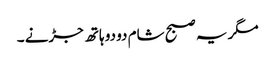
مگر یہ صبح شام دو دو ہاتھ جڑنے ۔